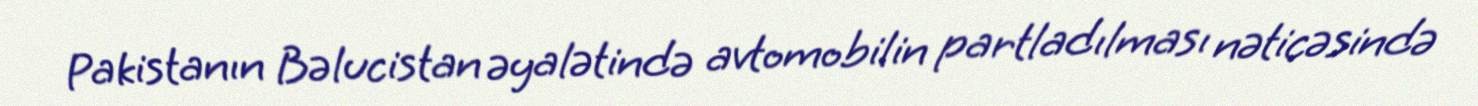
Pakistanın Bəlucistan əyalətində avtomobilin partladılması nəticəsində